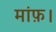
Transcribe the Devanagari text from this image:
मांफ़।